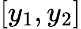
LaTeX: [y_{1},y_{2}]